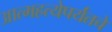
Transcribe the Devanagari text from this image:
आत्महत्येपर्यंतचे